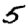
Digit: 5